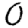
Digit: 0